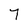
Character: 7